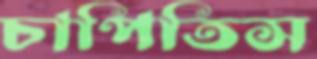
চাপিতিস